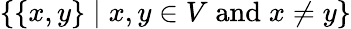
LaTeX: \{ \{ x,y\} \mid x,y\in V\; {\textrm{and}}\; x\neq y\}